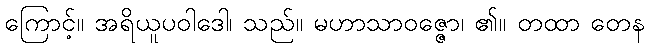
ကြောင့်။ အရိယူပဝါဒေါ၊ သည်။ မဟာသာဝဇ္ဇော၊ ၏။ တထာ တေန